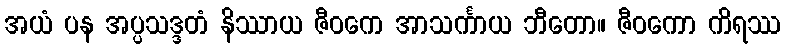
အယံ ပန အပ္ပသဒ္ဒတံ နိဿာယ ဇီဝကေ အာသင်္ကာယ ဘီတော။ ဇီဝကော ကိရဿ